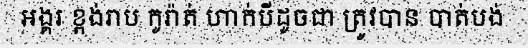
អង្គរ ខ្ពង់រាប កូរ៉ាត់ ហាក់បីដូចជា ត្រូវបាន បាត់បង់